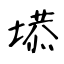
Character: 塨